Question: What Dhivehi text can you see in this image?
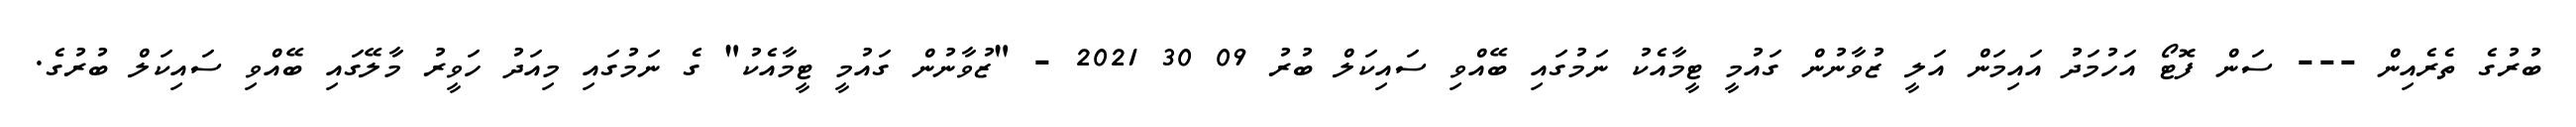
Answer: ބުރުގެ ތެރެއިން --- ސަން ފޮޓޯ އަހުމަދު އައިމަން އަލީ ޒުވާނުން ގައުމީ ޓީމާއެކު ނަމުގައި ބޭއްވި ސައިކަލް ބުރު 09 30 2021 - "ޒުވާނުން ގައުމީ ޓީމާއެކު" ގެ ނަމުގައި މިއަދު ހަވީރު މާލޭގައި ބޭއްވި ސައިކަލް ބުރުގެ.